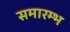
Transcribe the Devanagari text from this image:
समारम्भ